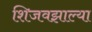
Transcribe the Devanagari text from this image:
शिजवझाल्या